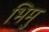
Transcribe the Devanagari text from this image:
भिमु